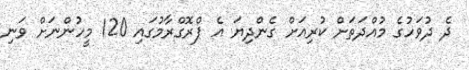
ދެ ދުވަހުގެ މުއްދަތަށް ކުރިއަަށް ގެންދިޔަ އެ ޕްރޮގްރާމުގައި 120 މީހުންނަށް ވަނި